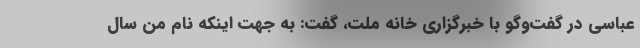
عباسی در گفت‌وگو با خبرگزاری خانه ملت، گفت: به جهت اینکه نام من سال